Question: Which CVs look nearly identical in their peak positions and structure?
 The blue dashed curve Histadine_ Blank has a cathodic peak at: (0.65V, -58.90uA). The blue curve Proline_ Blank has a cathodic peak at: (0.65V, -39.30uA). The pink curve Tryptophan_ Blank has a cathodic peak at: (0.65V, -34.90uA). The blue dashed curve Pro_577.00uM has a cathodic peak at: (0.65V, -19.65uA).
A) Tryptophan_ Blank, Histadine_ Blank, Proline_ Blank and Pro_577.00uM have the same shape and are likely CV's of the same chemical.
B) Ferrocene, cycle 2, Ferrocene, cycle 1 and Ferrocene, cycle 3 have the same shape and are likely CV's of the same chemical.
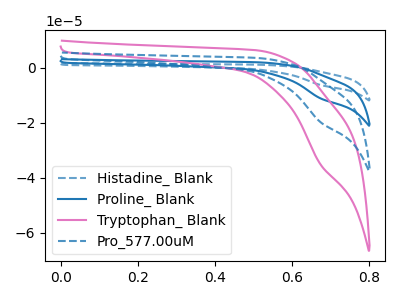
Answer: <think>All the peaks in "Histadine_ Blank" have a peak in "Proline_ Blank" at the same potential. Every peak in "Histadine_ Blank" is higher than every peak in "Proline_ Blank". All the peaks in "Histadine_ Blank" have a peak in "Tryptophan_ Blank" at the same potential. Every peak in "Histadine_ Blank" is higher than every peak in "Tryptophan_ Blank". All the peaks in "Histadine_ Blank" have a peak in "Pro_577.00uM" at the same potential. Every peak in "Histadine_ Blank" is higher than every peak in "Pro_577.00uM". All the peaks in "Proline_ Blank" have a peak in "Tryptophan_ Blank" at the same potential. Every peak in "Proline_ Blank" is higher than every peak in "Tryptophan_ Blank". All the peaks in "Proline_ Blank" have a peak in "Pro_577.00uM" at the same potential. Every peak in "Proline_ Blank" is higher than every peak in "Pro_577.00uM". All the peaks in "Tryptophan_ Blank" have a peak in "Pro_577.00uM" at the same potential. Every peak in "Tryptophan_ Blank" is higher than every peak in "Pro_577.00uM".
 </think>
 <answer>A) "Tryptophan_ Blank", "Histadine_ Blank", "Proline_ Blank" and "Pro_577.00uM" have the same shape and are likely CV's of the same chemical.</answer>
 <eval>A</eval>